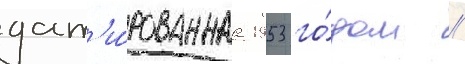
дат'и́рованнаа 1953 го́дом /